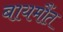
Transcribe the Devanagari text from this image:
बायमौंत